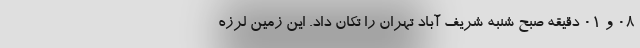
۰۸ و ۰۱ دقیقه صبح شنبه شریف آباد تهران را تکان داد. این زمین لرزه